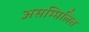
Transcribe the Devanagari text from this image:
असम्मिलित